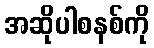
အဆိုပါစနစ်ကို